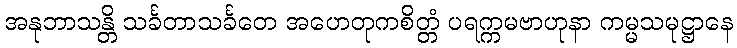
အနုဘာသန္တိ သင်္ခတာသင်္ခတေ အဟေတုကစိတ္တံ ပရက္ကမဗာဟုနာ ကမ္မသမုဋ္ဌာနေ